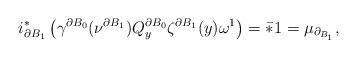
LaTeX: \begin{align*}i_{\partial B_1}^*\left(\gamma^{\partial B_0}(\nu^{\partial B_1})Q^{\partial B_0}_y\zeta^{\partial B_1}(y)\omega^1\right)=\bar{*}1=\mu_{\partial_{B_1}},\end{align*}